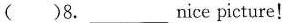
( )8. ___ nice picture!